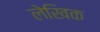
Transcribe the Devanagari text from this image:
लेखिक